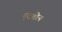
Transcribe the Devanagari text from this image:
पितोन